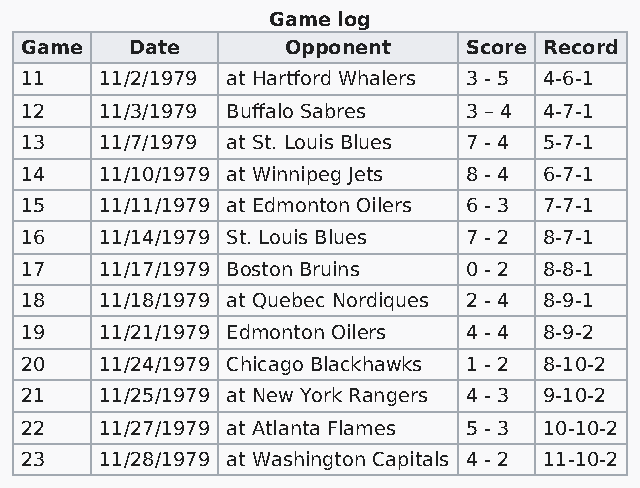
Game log
 Game    Date      Opponent    Score Record
 11    11/2/1979 at Hartford Whalers 3 - 5 4-6-1
 12    11/3/1979 Buffalo Sabres 3 – 4 4-7-1
 13    11/7/1979 at St. Louis Blues 7 - 4 5-7-1
 14    11/10/1979 at Winnipeg Jets 8 - 4 6-7-1
 15    11/11/1979 at Edmonton Oilers 6 - 3 7-7-1
 16    11/14/1979 St. Louis Blues 7 - 2 8-7-1
 17    11/17/1979 Boston Bruins 0 - 2 8-8-1
 18    11/18/1979 at Quebec Nordiques 2 - 4 8-9-1
 19    11/21/1979 Edmonton Oilers 4 - 4 8-9-2
 20    11/24/1979 Chicago Blackhawks 1 - 2 8-10-2
 21    11/25/1979 at New York Rangers 4 - 3 9-10-2
 22    11/27/1979 at Atlanta Flames 5 - 3 10-10-2
 23    11/28/1979 at Washington Capitals 4 - 2 11-10-2